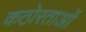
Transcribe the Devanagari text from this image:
कठोरताओं